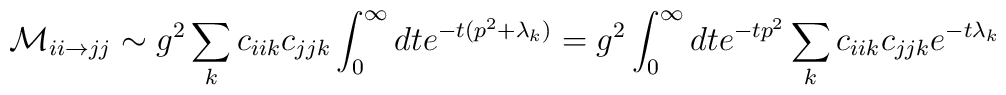
{\cal M}_{ii \rightarrow jj} \sim g^2 \sum_{k} c_{iik} c_{jjk} \int_0^{\infty} dt e^{-t (p^2 + \lambda_k)} = g^2  \int_0^{\infty} dt e^{-t p^2} \sum_{k}  c_{iik} c_{jjk} e^{-t \lambda_k}